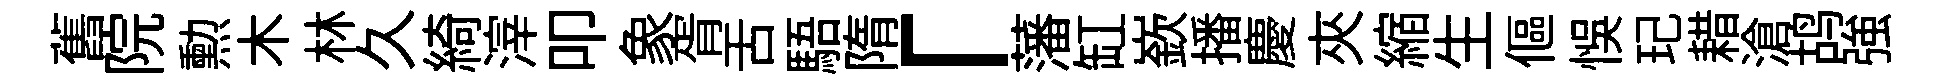
舊院勲木林久綺滓叩象胥舌䮏隋「藩缸嶔播慶夾縮生傴悞玘耤滄鸪強